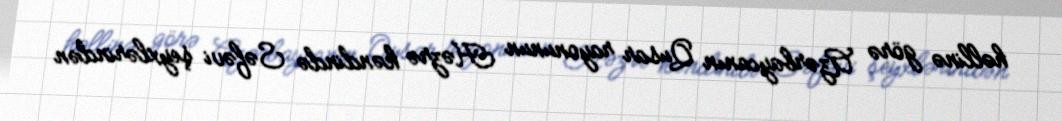
həllinə görə Azərbaycanın Qusar rayonunun Həzrə kəndində Səfəvi şeyxlərindən